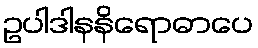
ဥပါဒါနနိရောဓာပေ